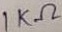
Text: 1KΩ